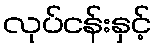
လုပ်ငန်းနှင့်